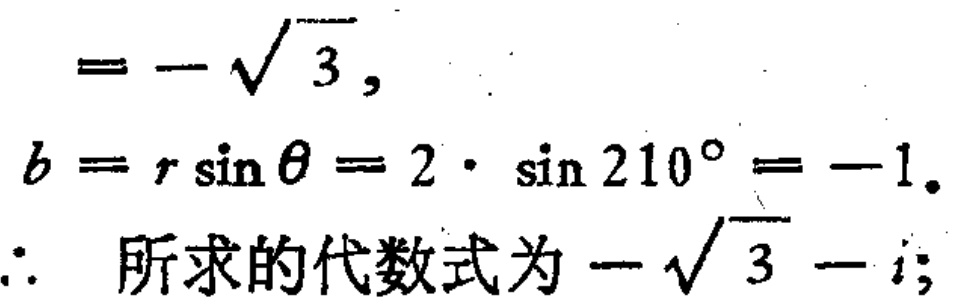
\[

\begin{align*}

&=-\sqrt{3},\\

b&=r\sin\theta = 2\cdot\sin210^{\circ}=-1.\\

\therefore\  &所求的代数式为-\sqrt{3}-i;

\end{align*}

\]